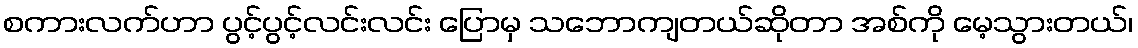
စကားလက်ဟာ ပွင့်ပွင့်လင်းလင်း ပြောမှ သဘောကျတယ်ဆိုတာ အစ်ကို မေ့သွားတယ်၊